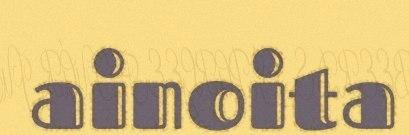
ainoita